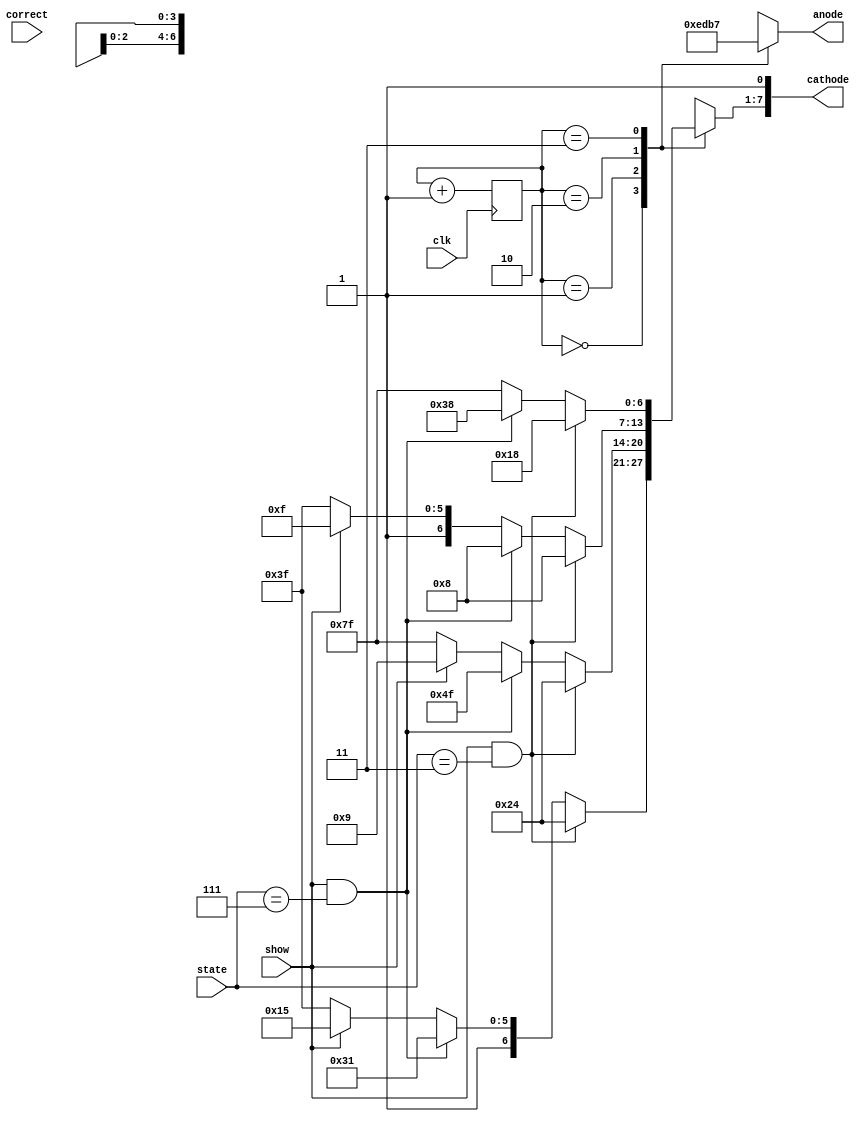
`timescale 1ns / 1ps
//////////////////////////////////////////////////////////////////////////////////
// Company: 
// Engineer: 
// 
// Design Name: 
// Module Name: sevenSeg
// Project Name: 
// Target Devices: 
// Tool Versions: 
// Description: 
// 
// Dependencies: 
// 
// Revision:
// Revision 0.01 - File Created
// Additional Comments:
// 
//////////////////////////////////////////////////////////////////////////////////


module sevenSeg(
    input clk ,
    output [7:0] cathode,
    output [3:0] anode,
    input [2:0] state,
    input correct,
    input show 

    );
    
       reg [6:0] st;
    reg [1:0] num ;
    reg [6:0]cathode_t;
    reg [3:0] anode_t;   
    reg [6:0] ct;
    
    always@(posedge clk) begin
        num = num + 1'b1;
    end
    
    
    always@(*) begin
        case (num)
        2'b00:
            begin
                if (show==1'b1 && state == 3'b011  ) begin
                    cathode_t = 7'b0100100;
                    anode_t = 4'b1110;end
                else if (show == 1'b1 && state == 3'b111 ) begin
                    cathode_t = 7'b1110001;
                    anode_t = 4'b1110;end
                else if (show == 1'b1) begin
                    cathode_t = 7'b1010101;
                    anode_t = 4'b1110;end
                else begin
                    cathode_t = 7'b1111111;
                    anode_t = 4'b1110;end
            end
        2'b01:
            begin
                if (show==1'b1 && state == 3'b011  ) begin
                    cathode_t = 7'b0100100;
                    anode_t = 4'b1101;end
                else if (show == 1'b1 && state == 3'b111 ) begin
                    cathode_t = 7'b1001111;
                    anode_t = 4'b1101;end
                else if (show == 1'b1) begin
                    cathode_t = 7'b0001001;
                    anode_t = 4'b1101;end
                else begin
                    cathode_t = 7'b1111111;
                    anode_t = 4'b1101;end
            end
         2'b10:
            begin
                if (show==1'b1 && state == 3'b011 ) begin
                    cathode_t = 7'b0001000;
                    anode_t = 4'b1011;end
                else if (show == 1'b1 && state == 3'b111 ) begin
                    cathode_t = 7'b0001000;
                    anode_t = 4'b1011;end
                else if (show == 1'b1) begin
                    cathode_t = 7'b1001111;
                    anode_t = 4'b1011;end
                else begin
                    cathode_t = 7'b1111111;
                    anode_t = 4'b1011;end
            end
          2'b11:
            begin
                if (show==1'b1 && state == 3'b011 ) begin
                    cathode_t = 7'b0011000;
                    anode_t = 4'b0111;end
                else if (show == 1'b1 && state == 3'b111 ) begin
                    cathode_t = 7'b0111000;
                    anode_t = 4'b0111;end
                else if (show == 1'b1) begin
                    cathode_t = 7'b1111111;
                    anode_t = 4'b0111;end
                else begin
                    cathode_t = 7'b1111111;
                    anode_t = 4'b0111;end
            end
        endcase
        end
    
    
 
    always@(*) begin
         case(state)
                3'd0 : st = 7'b0000001; //to display 0
                3'd1 : st = 7'b1001111; //to display 1
                3'd2 : st = 7'b0010010; //to display 2
                3'd3 : st = 7'b0000110; //to display 3
                3'd4 : st = 7'b1001100; //to display 4
                3'd5 : st = 7'b0100100; //to display 5
                3'd6 : st = 7'b0100000; //to display 6
                3'd7 : st = 7'b0001111; //to display 7
                default : st = 7'b1111111; 
           endcase
    end
assign cathode = {cathode_t,1'b1};
assign anode = anode_t;     
    
    
    
    
    
    
    
    
    
    
    
    
    
    
    
    
    
    
    
    
    
endmodule